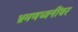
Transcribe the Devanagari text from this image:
भ्रमणध्वनींवर